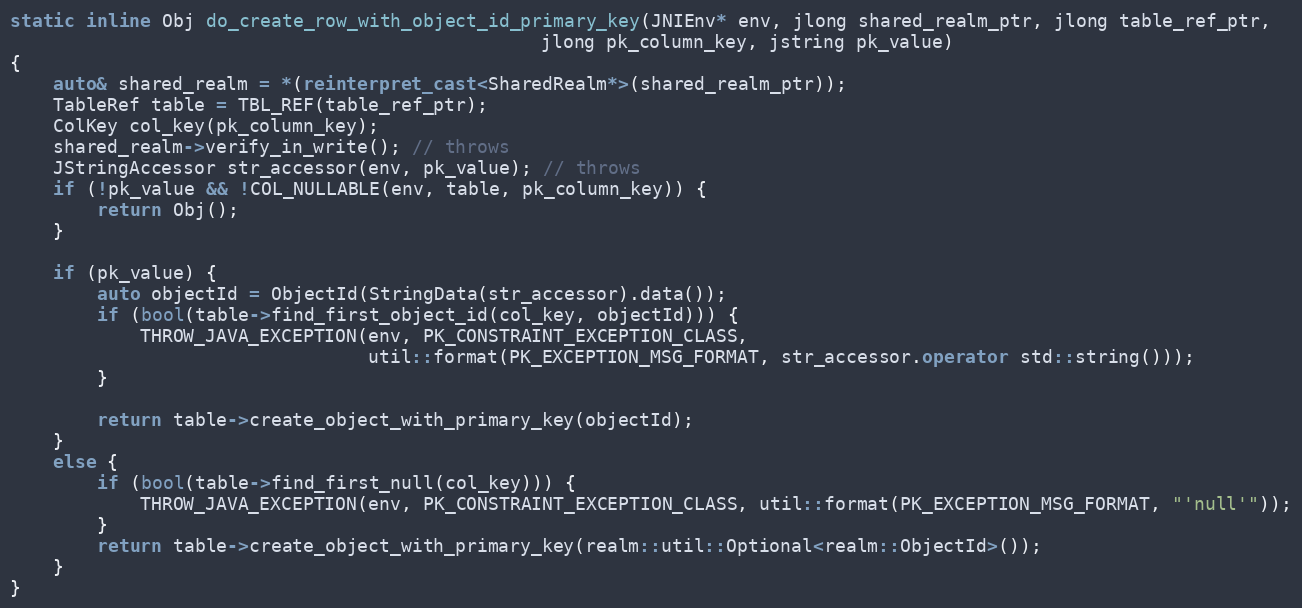
Language: C++
static inline Obj do_create_row_with_object_id_primary_key(JNIEnv* env, jlong shared_realm_ptr, jlong table_ref_ptr,
                                                 jlong pk_column_key, jstring pk_value)
{
    auto& shared_realm = *(reinterpret_cast<SharedRealm*>(shared_realm_ptr));
    TableRef table = TBL_REF(table_ref_ptr);
    ColKey col_key(pk_column_key);
    shared_realm->verify_in_write(); // throws
    JStringAccessor str_accessor(env, pk_value); // throws
    if (!pk_value && !COL_NULLABLE(env, table, pk_column_key)) {
        return Obj();
    }

    if (pk_value) {
        auto objectId = ObjectId(StringData(str_accessor).data());
        if (bool(table->find_first_object_id(col_key, objectId))) {
            THROW_JAVA_EXCEPTION(env, PK_CONSTRAINT_EXCEPTION_CLASS,
                                 util::format(PK_EXCEPTION_MSG_FORMAT, str_accessor.operator std::string()));
        }

        return table->create_object_with_primary_key(objectId);
    }
    else {
        if (bool(table->find_first_null(col_key))) {
            THROW_JAVA_EXCEPTION(env, PK_CONSTRAINT_EXCEPTION_CLASS, util::format(PK_EXCEPTION_MSG_FORMAT, "'null'"));
        }
        return table->create_object_with_primary_key(realm::util::Optional<realm::ObjectId>());
    }
}